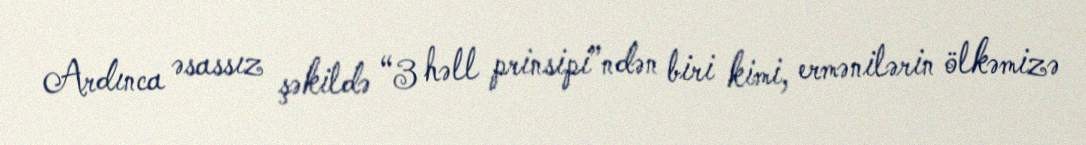
Ardınca əsassız şəkildə “3 həll prinsipi”ndən biri kimi, ermənilərin ölkəmizə